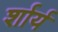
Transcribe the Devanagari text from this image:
र्शार्य